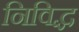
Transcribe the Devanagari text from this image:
निविद्ध